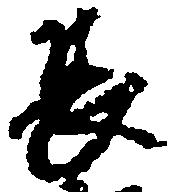
長